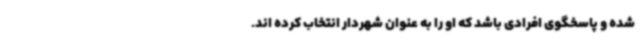
شده و پاسخگوی افرادی باشد که او را به عنوان شهردار انتخاب کرده اند.